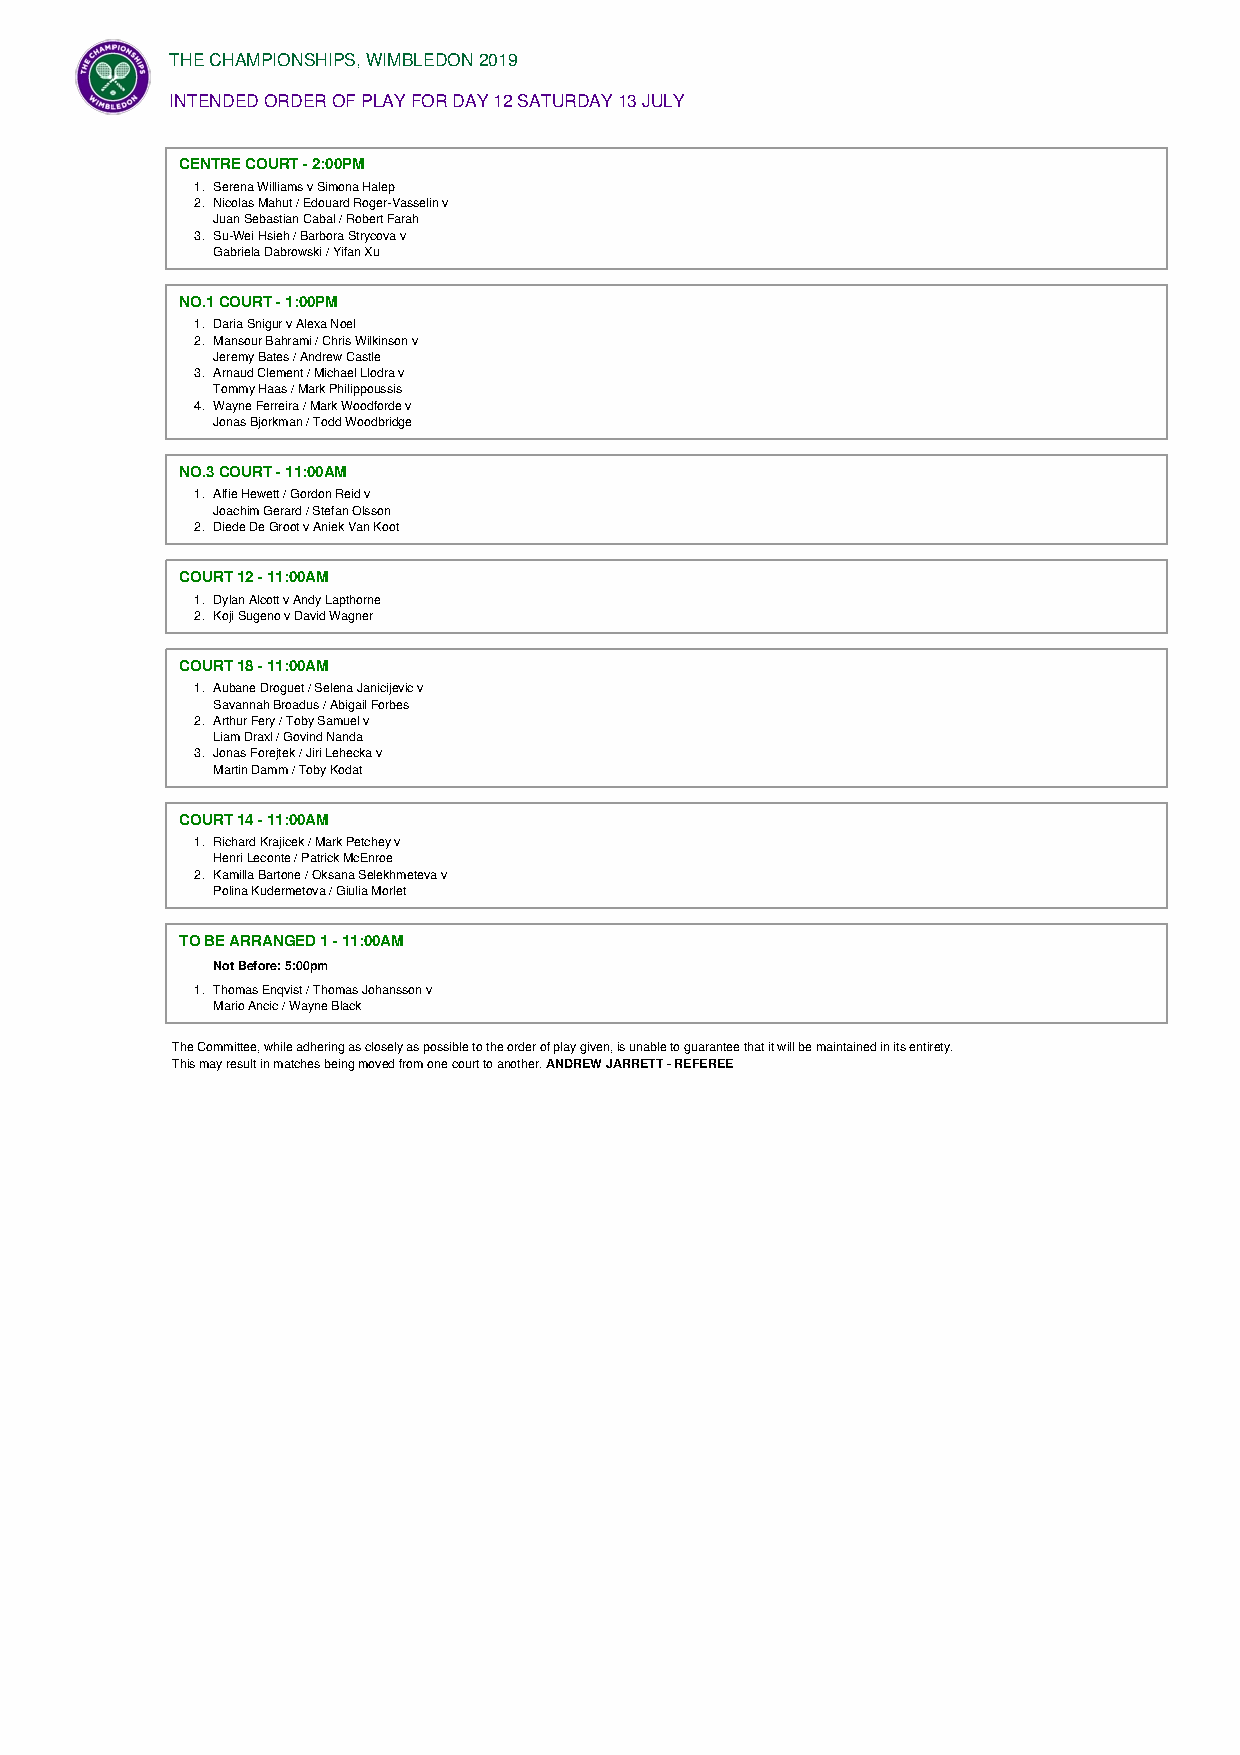
THE CHAMPIONSHIPS, WIMBLEDON 2019
 INTENDED ORDER OF PLAY FOR DAY 12 SATURDAY 13 JULY
 CENTRE COURT - 2:00PM
 1. Serena Williams v Simona Halep
 2. Nicolas Mahut / Edouard Roger-Vasselin v
 Juan Sebastian Cabal / Robert Farah
 3. Su-Wei Hsieh / Barbora Strycova v
 Gabriela Dabrowski / Yifan Xu
 NO.1 COURT - 1:00PM
 1. Daria Snigur v Alexa Noel
 2. Mansour Bahrami / Chris Wilkinson v
 Jeremy Bates / Andrew Castle
 3. Arnaud Clement / Michael Llodra v
 Tommy Haas / Mark Philippoussis
 4. Wayne Ferreira / Mark Woodforde v
 Jonas Bjorkman / Todd Woodbridge
 NO.3 COURT - 11:00AM
 1. Alfie Hewett / Gordon Reid v
 Joachim Gerard / Stefan Olsson
 2. Diede De Groot v Aniek Van Koot
 COURT 12 - 11:00AM
 1. Dylan Alcott v Andy Lapthorne
 2. Koji Sugeno v David Wagner
 COURT 18 - 11:00AM
 1. Aubane Droguet / Selena Janicijevic v
 Savannah Broadus / Abigail Forbes
 2. Arthur Fery / Toby Samuel v
 Liam Draxl / Govind Nanda
 3. Jonas Forejtek / Jiri Lehecka v
 Martin Damm / Toby Kodat
 COURT 14 - 11:00AM
 1. Richard Krajicek / Mark Petchey v
 Henri Leconte / Patrick McEnroe
 2. Kamilla Bartone / Oksana Selekhmeteva v
 Polina Kudermetova / Giulia Morlet
 TO BE ARRANGED 1 - 11:00AM
 Not Before: 5:00pm
 1. Thomas Enqvist / Thomas Johansson v
 Mario Ancic / Wayne Black
 The Committee, while adhering as closely as possible to the order of play given, is unable to guarantee that it will be maintained in its entirety.
 This may result in matches being moved from one court to another. ANDREW JARRETT - REFEREE